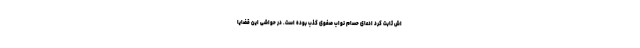
اش ثابت کرد ادعای حسام نواب صفوی کذب بوده است. در حواشی این قضایا